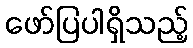
ဖော်ပြပါရှိသည့်